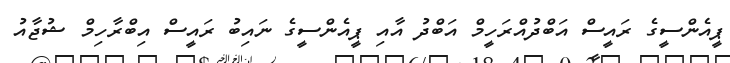
ޕީއެންސީގެ ރައީސް އަބްދުއްރަހީމް އަބްދު އާއި ޕީއެންސީގެ ނައިބު ރައީސް އިބްރާހިމް ޝުޖާއު